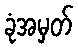
ခုံအမှတ်